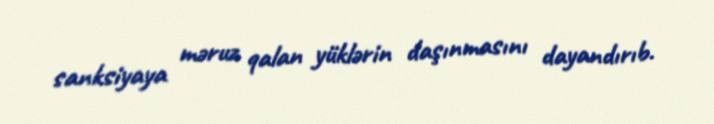
sanksiyaya məruz qalan yüklərin daşınmasını dayandırıb.